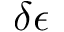
\delta \epsilon